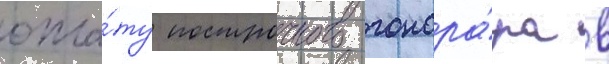
опла́ту построчного гонора́ра в